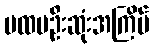
ပထမဦးဆုံးအကြိမ်